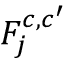
F _ { j } ^ { c , c ^ { \prime } }